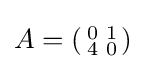
A=\left({\begin{smallmatrix}0&1\\4&0\end{smallmatrix}}\right)